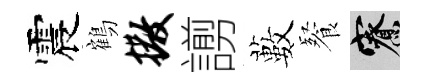
震鶴撒謭藪餐寮